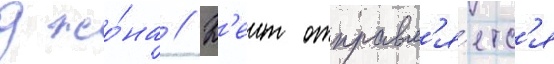
джо́на // К'еит отправл'я́етс'я